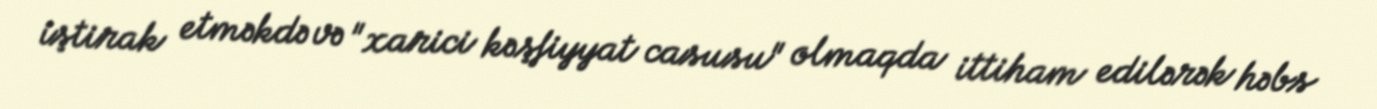
iştirak etməkdə və "xarici kəşfiyyat casusu" olmaqda ittiham edilərək həbs